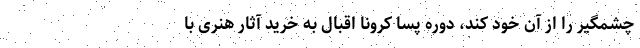
چشمگیر را از آن خود کند، دوره پسا کرونا اقبال به خرید آثار هنری با